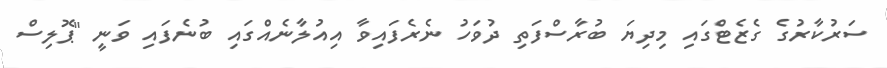
ސަރުކާރުގެ ގެޒެޓްގައި މިދިޔަ ބުރާސްފަތި ދުވަހު ނެރެފައިވާ އިއުލާނެއްގައި ބުނެފައި ވަނީ "ޕޮލިސް